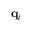
{ \mathbf q } _ { i }